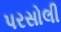
પરસોલી